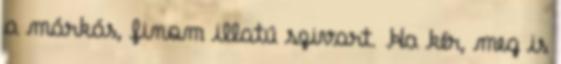
a márkás, finom illatú szivart. Ha kér, meg is